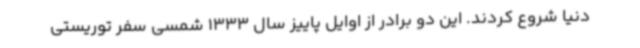
دنیا شروع کردند. این دو برادر از اوایل پاییز سال 1333 شمسی سفر توریستی